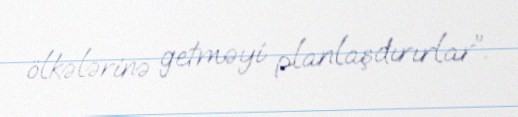
ölkələrinə getməyi planlaşdırırlar”.